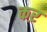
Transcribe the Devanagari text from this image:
कऱ